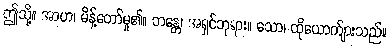
ဤသို့။ အာဟ၊ မိန့်တော်မူ၏။ ဘန္တေ၊ အရှင်ဘုရား။ သော၊ ထိုယောက်ျားသည်။